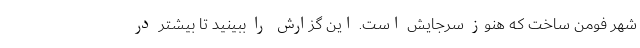
شهر فومن ساخت که هنوز سرجایش است. این گزارش را ببینید تا بیشتر در